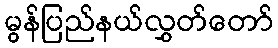
မွန်ပြည်နယ်လွှတ်တော်